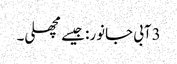
3آبی جانور: جیسے مچھلی۔